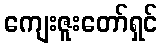
ကျေးဇူးတော်ရှင်